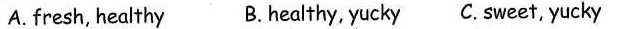
A. fresh, health B.healthy, yucky C. Sweet, yucky